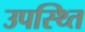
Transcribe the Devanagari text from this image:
उपस्थ्ति